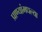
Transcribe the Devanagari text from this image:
प्राण्यांमधल्या